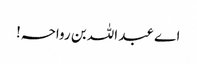
اے عبد اللہ بن رواحہ!